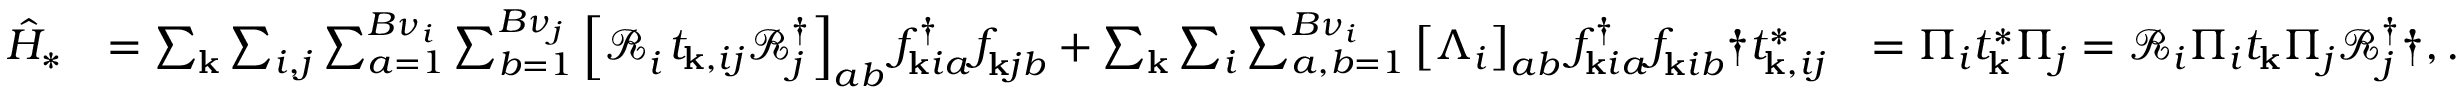
\begin{array} { r l r } { \hat { H } _ { * } } & { = \sum _ { \mathbf { k } } \sum _ { i , j } \sum _ { a = 1 } ^ { B \nu _ { i } } \sum _ { b = 1 } ^ { B \nu _ { j } } \left[ \mathcal { R } _ { i } ^ { \phantom { \dagger } } t _ { \mathbf { k } , i j } \mathcal { R } _ { j } ^ { \dagger } \right] _ { a b } f _ { \mathbf { k } i a } ^ { \dagger } f _ { \mathbf { k } j b } ^ { \phantom { \dagger } } + \sum _ { \mathbf { k } } \sum _ { i } \sum _ { a , b = 1 } ^ { B { \nu } _ { i } } \left[ \Lambda _ { i } \right] _ { a b } f _ { \mathbf { k } i a } ^ { \dagger } f _ { \mathbf { k } i b } ^ { \phantom { \dagger } } \dag t _ { \mathbf { k } , i j } ^ { * } } & { = \Pi _ { i } t _ { \mathbf { k } } ^ { * } \Pi _ { j } = \mathcal { R } _ { i } \Pi _ { i } t _ { \mathbf { k } } \Pi _ { j } \mathcal { R } _ { j } ^ { \dagger } \dag , . } \end{array}